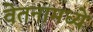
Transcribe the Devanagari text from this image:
वेतनामध्ये